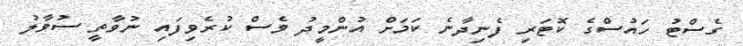
ގެސްޓު ހައުސްގެ ކޮޓަރި ފެނިދާނެ ކަމަށް އުންމީދު ވެސް ކުރެވިފައި ނުވާތީ ސުވާލު